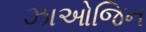
ઝાઓજિન